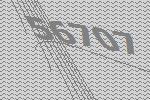
56707